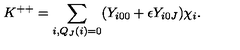
K ^ { + + } = \sum _ { i , Q _ { J } ( i ) = 0 } ( { Y } _ { i 0 0 } + \epsilon { Y } _ { i 0 J } ) { { \chi } } _ { i } .